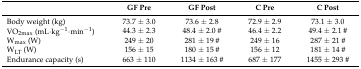
|  | GF Pre | GF Post | C Pre | C Post |
 | --- | --- | --- | --- | --- |
 | Body weight (kg) | 73.7 ± 3.0 | 73.6 ± 2.8 | 72.9 ± 2.9 | 73.1 ± 3.0 |
 | VO2max (mL·kg−1·min−1) | 44.3 ± 2.3 | 48.4 ± 2.0 # | 46.4 ± 2.2 | 49.4 ± 2.1 # |
 | Wmax (W) | 249 ± 20 | 281 ± 19 # | 249 ± 16 | 287 ± 21 # |
 | WLT (W) | 156 ± 15 | 180 ± 15 # | 156 ± 12 | 181 ± 14 # |
 | Endurance capacity (s) | 663 ± 110 | 1134 ± 163 # | 687 ± 177 | 1455 ± 293 # |